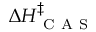
\Delta H _ { \mathrm { ~ C ~ A ~ S ~ } } ^ { \ddagger }